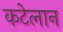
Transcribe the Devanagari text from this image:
कटेलान